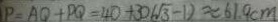
P = A Q + P Q = 4 0 + 3 0 ( \sqrt { 3 } - 1 ) \approx 6 1 . 9 c m